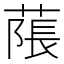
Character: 𦹥